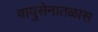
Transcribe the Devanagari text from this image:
वायुसेनातळास